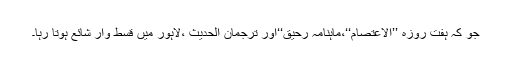
جو کہ ہفت روزہ ’’الاعتصام‘‘،ماہنامہ رحیق‘‘اور ترجمان الحدیث ،لاہور میں قسط وار شائع ہوتا رہا۔